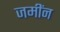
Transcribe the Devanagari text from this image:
जमींन